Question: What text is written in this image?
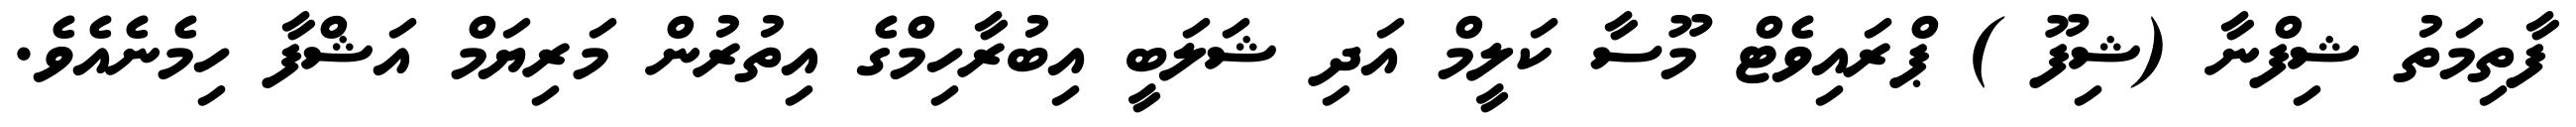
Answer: ފާތިމަތު ޝިފްނާ (ޝިފޫ ) ޕްރައިވެޓް މޫސާ ކަލީމް އަދި ޝަލަބީ އިބުރާހިމްގެ އިތުރުން މަރިޔަމް އަޝްފާ ހިމެނެއެވެ.